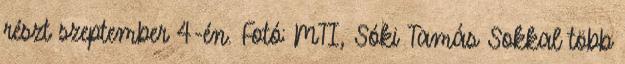
részt szeptember 4-én. Fotó: MTI, Sóki Tamás Sokkal több